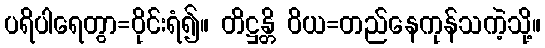
ပရိပါရေတွာ=ဝိုင်းရံ၍။ တိဋ္ဌန္တိ ဝိယ=တည်နေကုန်သကဲ့သို့။